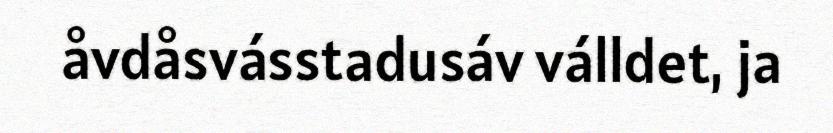
åvdåsvásstadusáv válldet, ja